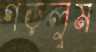
গড়লুম